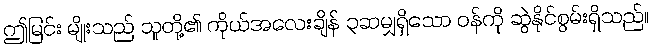
ဤမြင်း မျိုးသည် သူတို့၏ ကိုယ်အလေးချိန် ၃ဆမျှရှိသော ဝန်ကို ဆွဲနိုင်စွမ်းရှိသည်။